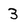
Character: 3